Rangoon Lunatic Asylum 1878-1892 - 1878-1892
Year: 1878
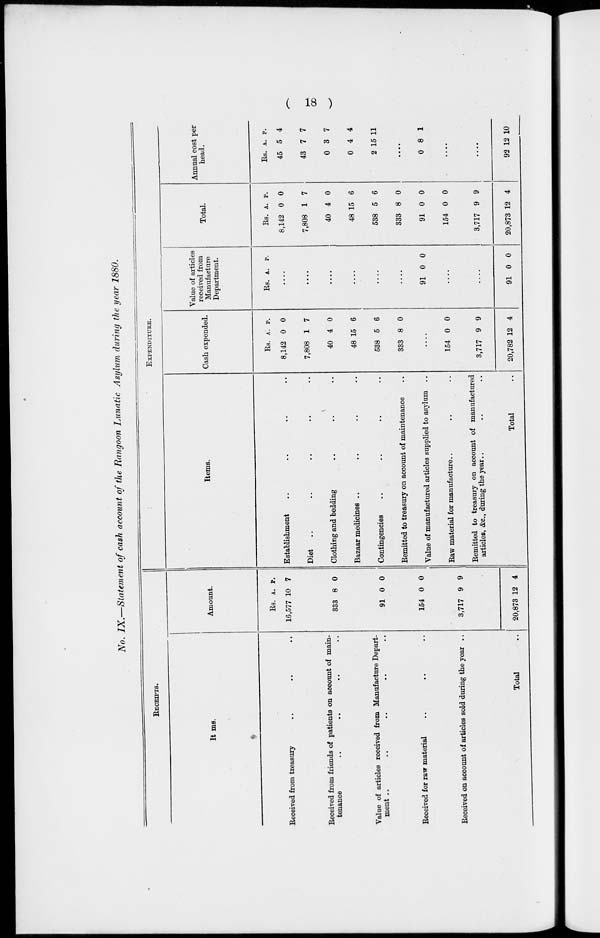
( 18 )
No. IX.—Statement of cash account of the Rangoon Lunatic Asylum during the year 1880.
RECEIPTS.
It ms.
Received from treasury .. .. ..
Received from friends of patients on account of main-
tenance .. .. .. ..
Value of articles received from Manufacture Depart-
ment .. .. .. .. ..
Received for raw material .. .. ..
Received on account of articles sold during the year ..
Total ..
Amount.
Rs.
16,577
333
91
154
3,717
20,873
A.
10
8
0
0
9
12
P.
7
0
0
0
9
4
EXPENDITURE.
Items.
Establishment .. .. .. ..
Diet .. .. .. .. ..
Clothing and bedding .. .. ..
Bazaar medicines .. .. .. ..
Contingencies .. .. .. ..
Remitted to treasury on account of maintenance ..
Value of manufactured articles supplied to asylum ..
Raw material for manufacture.. .. ..
Remitted to treasury on account of manufactured
articles, &c., during the year.. .. ..
Total ..
Cash expended.
Rs.
8,142
7,808
40
48
538
333
A.
0
1
4
15
5
8
P.
0
7
0
6
6
0
....
154
3,717
20,782
0
9
12
0
9
4
Value of articles
received from
Manufacture
Department.
Rs. A. P.
....
....
....
....
....
....
91 0 0
....
....
91 0 0
Total.
Rs.
8,142
7,808
40
48
538
333
91
154
3,717
20,873
A.
0
1
4
15
5
8
0
0
9
12
P.
0
7
0
6
6
0
0
0
9
4
Annual cost per
head.
Rs.
45
43
0
0
2
A.
5
7
3
4
15
P.
4
7
7
4
11
....
0 8 1
....
....
92 12 10